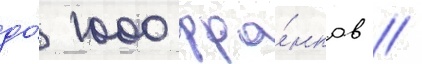
до́ 1000 фра́нков //